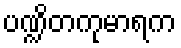
ပဏ္ဍိတကုမာရက